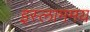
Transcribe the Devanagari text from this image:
इस्लाममय